画像に写った文字を読んでください
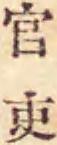
「官吏」と書いてあります